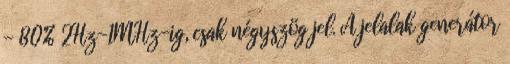
- 80% 2Hz-1MHz-ig, csak négyszög jel. A jelalak generátor